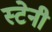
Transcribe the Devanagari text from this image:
स्टेनी